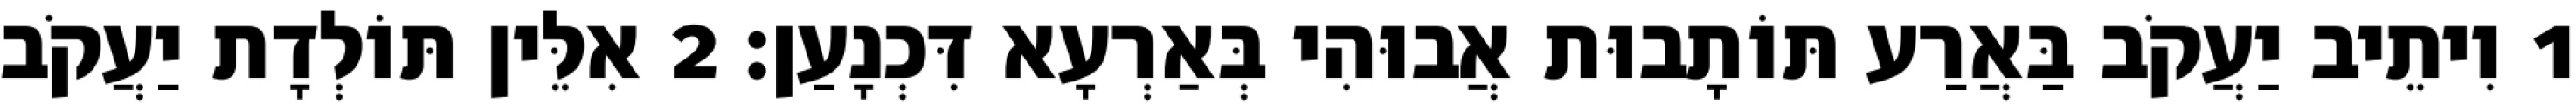
1 וִיתֵיב יַעֲקֹב בַּאֲרַע תּוֹתָבוּת אֲבוּהִי בְּאַרְעָא דִּכְנָעַן׃ 2 אִלֵּין תּוֹלְדָת יַעֲקֹב